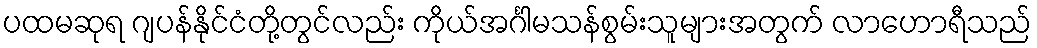
ပထမဆုရ ဂျပန်နိုင်ငံတို့တွင်လည်း ကိုယ်အင်္ဂါမသန်စွမ်းသူများအတွက် လာဟောရီသည်